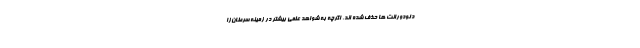
دئودورانت ها حذف شده اند، اگرچه به شواهد علمی بیشتر در زمینه سرطان‌زا